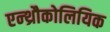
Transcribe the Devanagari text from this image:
एन्थ्रौकोलियिक